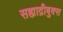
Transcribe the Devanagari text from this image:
सह्याद्रीबुक्स